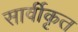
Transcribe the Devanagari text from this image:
सार्वीकृत